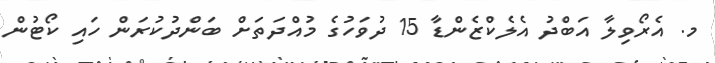
މ. އެރޯވިލާ އަބްދު އެލެކްޒެންޑާ 15 ދުވަހުގެ މުއްދަތަށް ބަންދުކުރަން ހައި ކޯޓުން